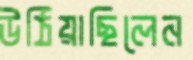
উঠিয়াছিলেন